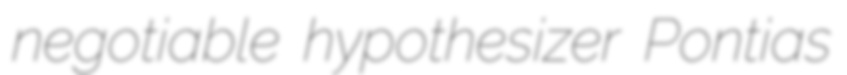
negotiable hypothesizer Pontias